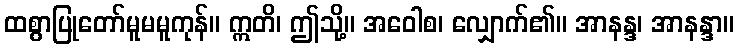
ထစွာပြုတော်မူမမူကုန်။ ဣတိ၊ ဤသို့။ အဝေါစ၊ လျှောက်၏။ အာနန္ဒ၊ အာနန္ဒာ။